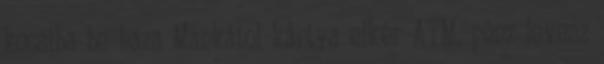
kocsiba be haza Mankátol kártya elkér ATM, pénz levesz